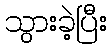
သွားခဲ့ပြီး